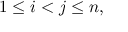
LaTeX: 1 \leq i < j \leq n ,